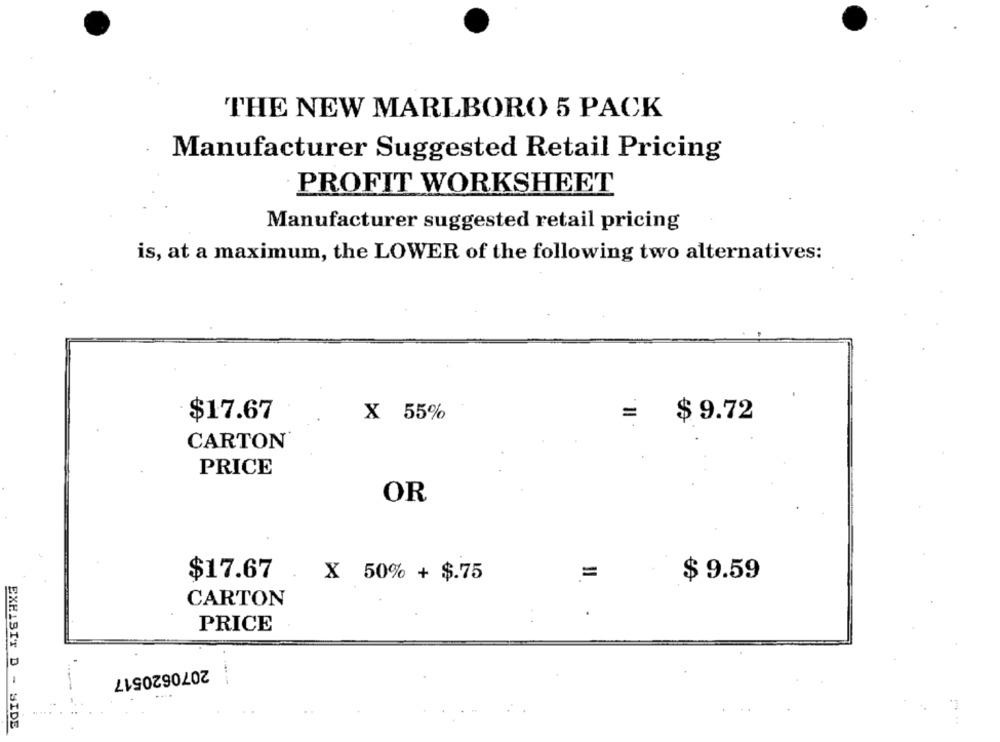
THE NEW MARLBORO 5 PACK
Manufacturer Suggested Retail Pricing
PROFIT WORKSHEET
Manufacturer suggested retail pricing
is, at a maximum, the LOWER of the following two alternatives:
=
$ 9.72
$17.67
X 55%
CARTON
PRICE
OR
$17.67
X 50% + $.75
=
$ 9.59
CARTON
PRICE
2070620517
EXHIBIT B - SIDE
...